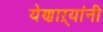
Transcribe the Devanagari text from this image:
येणाऱ्यांनी